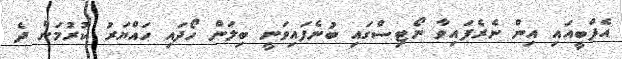
އެފްބީއައި އިން ނެރެފައިވާ ނޯޓިސްގައި ބުނެފައިވަނީ ބިލަން ހޯދައި ހައްޔަރު ކުރުމަށް ދެ